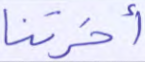
أخرتنا